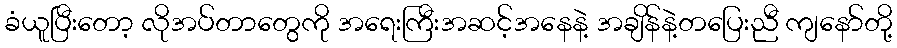
ခံယူပြီးတော့ လိုအပ်တာတွေကို အရေးကြီးအဆင့်အနေနဲ့ အချိန်နဲ့တပြေးညီ ကျနော်တို့